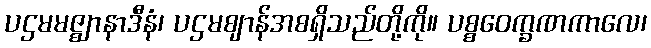
ပဌမမဇ္ဈာနာဒီနံ၊ ပဌမဈာန်အစရှိသည်တို့ကို။ ပစ္စဝေက္ခဏကာလေ၊